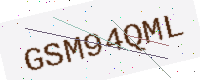
Text: GSM94QML